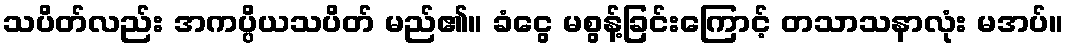
သပိတ်လည်း အကပ္ပိယသပိတ် မည်၏။ ခံငွေ မစွန့်ခြင်းကြောင့် တသာသနာလုံး မအပ်။